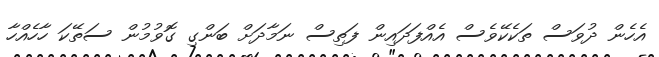
އެހެން ދުވަސް ތަކެކޭވެސް އެއްފަދައިން ފަތިސް ނަމާދަށް ބަންގި ގޮވުމުން ސަތޭކަ ހާހެއްހާ